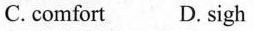
C. comfort D. sigh